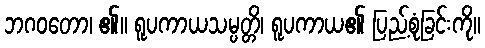
ဘဂဝတော၊ ၏။ ရူပကာယသမ္ပတ္တိ၊ ရူပကာယ၏ ပြည့်စုံခြင်းကို။